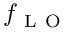
f _ { \mathrm { ~ L ~ O ~ } }